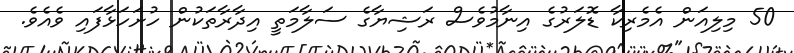
50 މިލިއަން އެމެރިކާ ޑޮލަރުގެ އިނާމުވެސް ރަޝިޔާގެ ސަލާމަތީ އިދާރާތަކުން ހުށަހަޅާފައި ވެއެވެ.